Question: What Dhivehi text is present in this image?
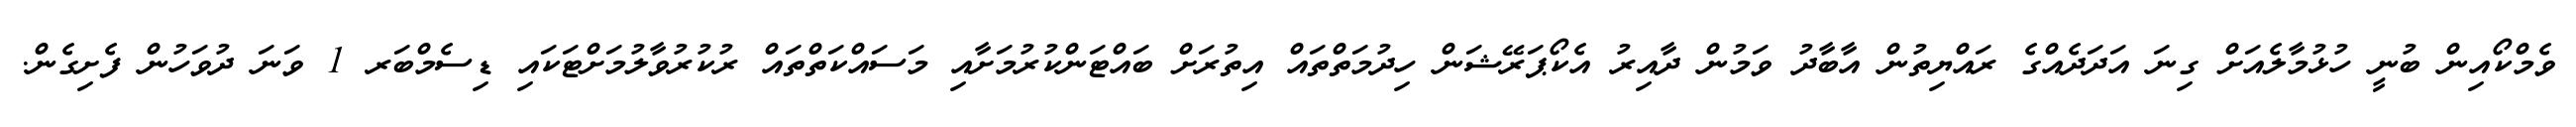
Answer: ވެމްކޯއިން ބުނީ ހުޅުމާލެއަށް ގިނަ އަދަދެއްގެ ރައްޔިތުން އާބާދު ވަމުން ދާއިރު އެކޯޕަރޭޝަން ހިދުމަތްތައް އިތުރަށް ބައްޓަންކުރުމަށާއި މަސައްކަތްތައް ރުކުރުވާލުމަށްޓަކައި ޑިސެމްބަރ 1 ވަނަ ދުވަހުން ފެށިގެން.